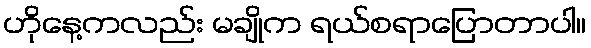
ဟိုနေ့ကလည်း မချိုက ရယ်စရာပြောတာပါ။